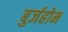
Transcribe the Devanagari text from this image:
बुर्जहोम